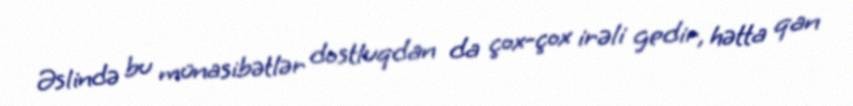
Əslində bu münasibətlər dostluqdan da çox-çox irəli gedir, hətta qan